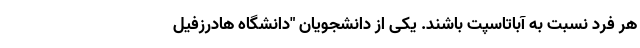
هر فرد نسبت به آباتاسپت باشند. یکی از دانشجویان "دانشگاه هادرزفیل